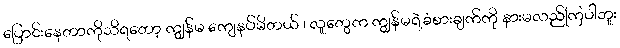
ပြောင်းနေတာကိုသိရတော့ ကျွန်မ ကျေနပ်မိတယ် ၊ လူတွေက ကျွန်မရဲ့ခံစားချက်ကို နားမလည်ကြပါဘူး